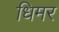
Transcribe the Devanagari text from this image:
धिमर